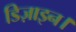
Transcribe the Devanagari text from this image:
डिज़ाइन।